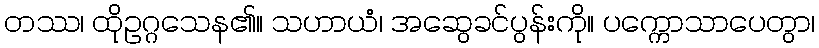
တဿ၊ ထိုဥဂ္ဂသေန၏။ သဟာယံ၊ အဆွေခင်ပွန်းကို။ ပက္ကောသာပေတွာ၊